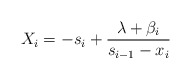
\begin{align*}X_i=-s_i+\frac{\lambda +\beta_i}{s_{i-1}-x_i}\\\end{align*}